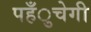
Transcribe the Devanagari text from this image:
पहँुचेगी